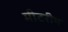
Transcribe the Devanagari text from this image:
मीटरीय